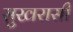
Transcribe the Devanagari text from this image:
सुखरासी